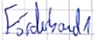
Text: Förderband1